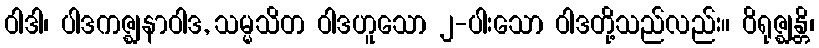
ဝါဒါ၊ ပါဒကဇ္ဈနာဝါဒ, သမ္မသိတ ဝါဒဟူသော ၂-ပါးသော ဝါဒတို့သည်လည်း။ ဝိရုဇ္ဈန္တိ၊